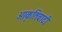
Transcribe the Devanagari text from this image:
आकृतिवादी